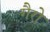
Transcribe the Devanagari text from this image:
गैरो